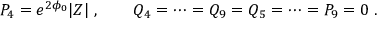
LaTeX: P _ { 4 } = e ^ { 2 \phi _ { 0 } } | Z | \ , \qquad Q _ { 4 } = \dots = Q _ { 9 } = Q _ { 5 } = \dots = P _ { 9 } = 0 \ .